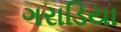
ગરાડિયા